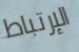
الإرتباط